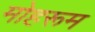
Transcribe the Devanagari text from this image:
मोहरूम